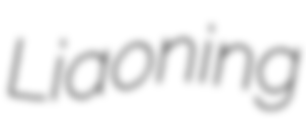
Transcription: Liaoning